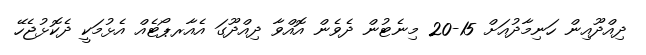
ދިއްދޫއިން ހަނިމާދުއަށް 15-20 މިނެޓުން ދެވެން އޮއްވާ ދިއްދޫގަ އެއާރޕޯޓެއް އެޅުމަކީ ދެކޮޅުޖެހޭ